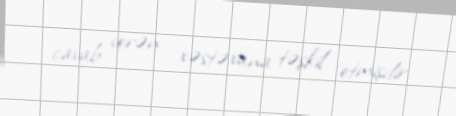
cavab verən xəstəxana təşkil etmişdir.